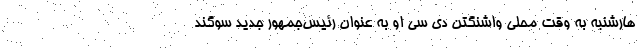
هارشنبه به وقت محلی واشنگتن دی سی او به عنوان رئیس‌جمهور جدید سوگند